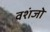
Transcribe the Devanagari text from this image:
वशंजो